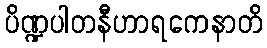
ပိဏ္ဍပါတနီဟာရကေနာတိ